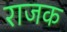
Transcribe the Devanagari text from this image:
राजक